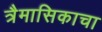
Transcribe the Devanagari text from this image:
त्रैमासिकाचा